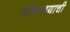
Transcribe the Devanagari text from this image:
भोगावयाची